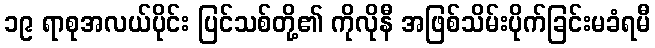
၁၉ ရာစုအလယ်ပိုင်း ပြင်သစ်တို့၏ ကိုလိုနီ အဖြစ်သိမ်းပိုက်ခြင်းမခံရမီ